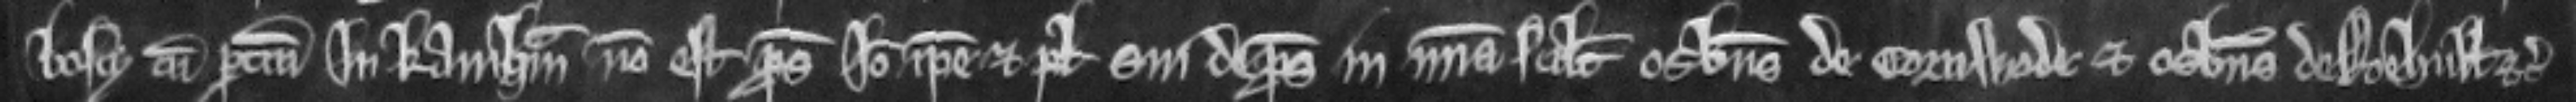
bosci cum pertinenciis in Kainham non est prosecutus. Ideo ipse et plegii sui de prosequendo in misericordia scilicet Osbertus de Cornwode et Osbertus de Roehull etc.